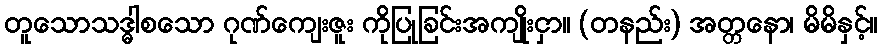
တူသောသဒ္ဓါစသော ဂုဏ်ကျေးဇူး ကိုပြုခြင်းအကျိုးငှာ။ (တနည်း) အတ္တနော၊ မိမိနှင့်။